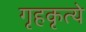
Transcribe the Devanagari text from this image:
गृहकृत्ये